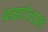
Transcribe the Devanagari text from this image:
बाइटोनाइट